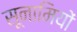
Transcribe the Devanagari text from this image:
सूनामियों